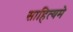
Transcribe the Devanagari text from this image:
साहित्यमे